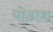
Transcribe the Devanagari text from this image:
पोठाश